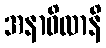
အနာဝိလာနိ